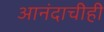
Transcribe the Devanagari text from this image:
आनंदाचीही